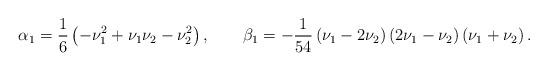
LaTeX: \begin{align*}\begin{aligned}\alpha_1=\frac{1}{6}\left(-\nu _1^2+\nu_1\nu _2-\nu _2^2\right),\qquad\beta _1= -\frac{1}{54}\left(\nu _1-2 \nu _2\right)\left(2 \nu _1-\nu _2\right)\left(\nu _1+\nu _2\right).\end{aligned}\end{align*}